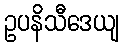
ဥပနိသီဒေယျ